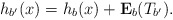
\begin{align*}h_{b'}(x)=h_b(x)+\mathbf{E}_b(T_{b'}). \end{align*}